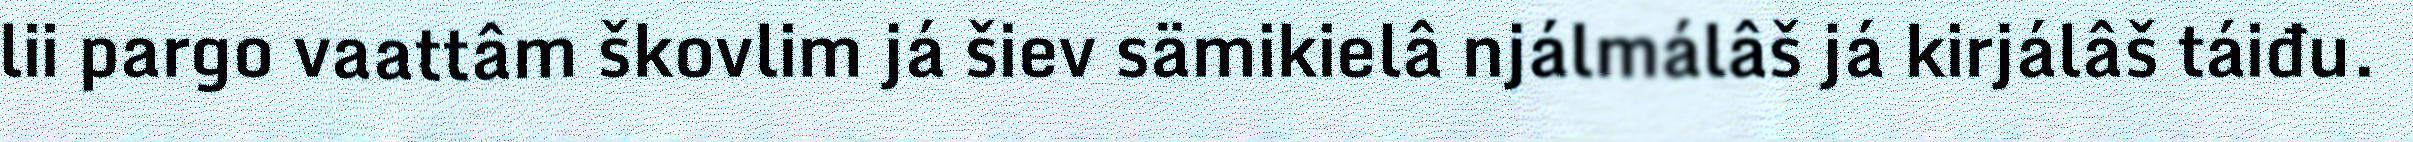
lii pargo vaattâm škovlim já šiev sämikielâ njálmálâš já kirjálâš táiđu.